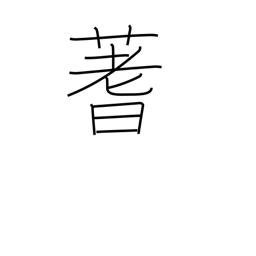
Meaning: stalks used for divination